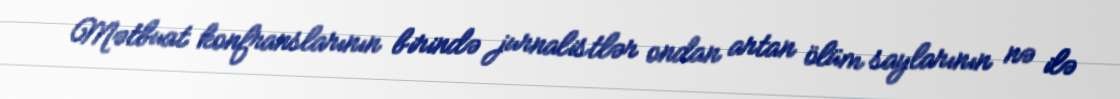
Mətbuat konfranslarının birində jurnalistlər ondan artan ölüm saylarının nə ilə